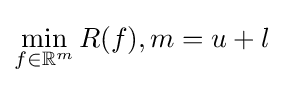
\min _{f\in \mathbb {R} ^{m}}R(f),m=u+l